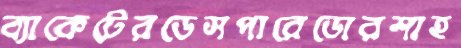
ব্যাকেটেরডেসপারেডোরশাহ